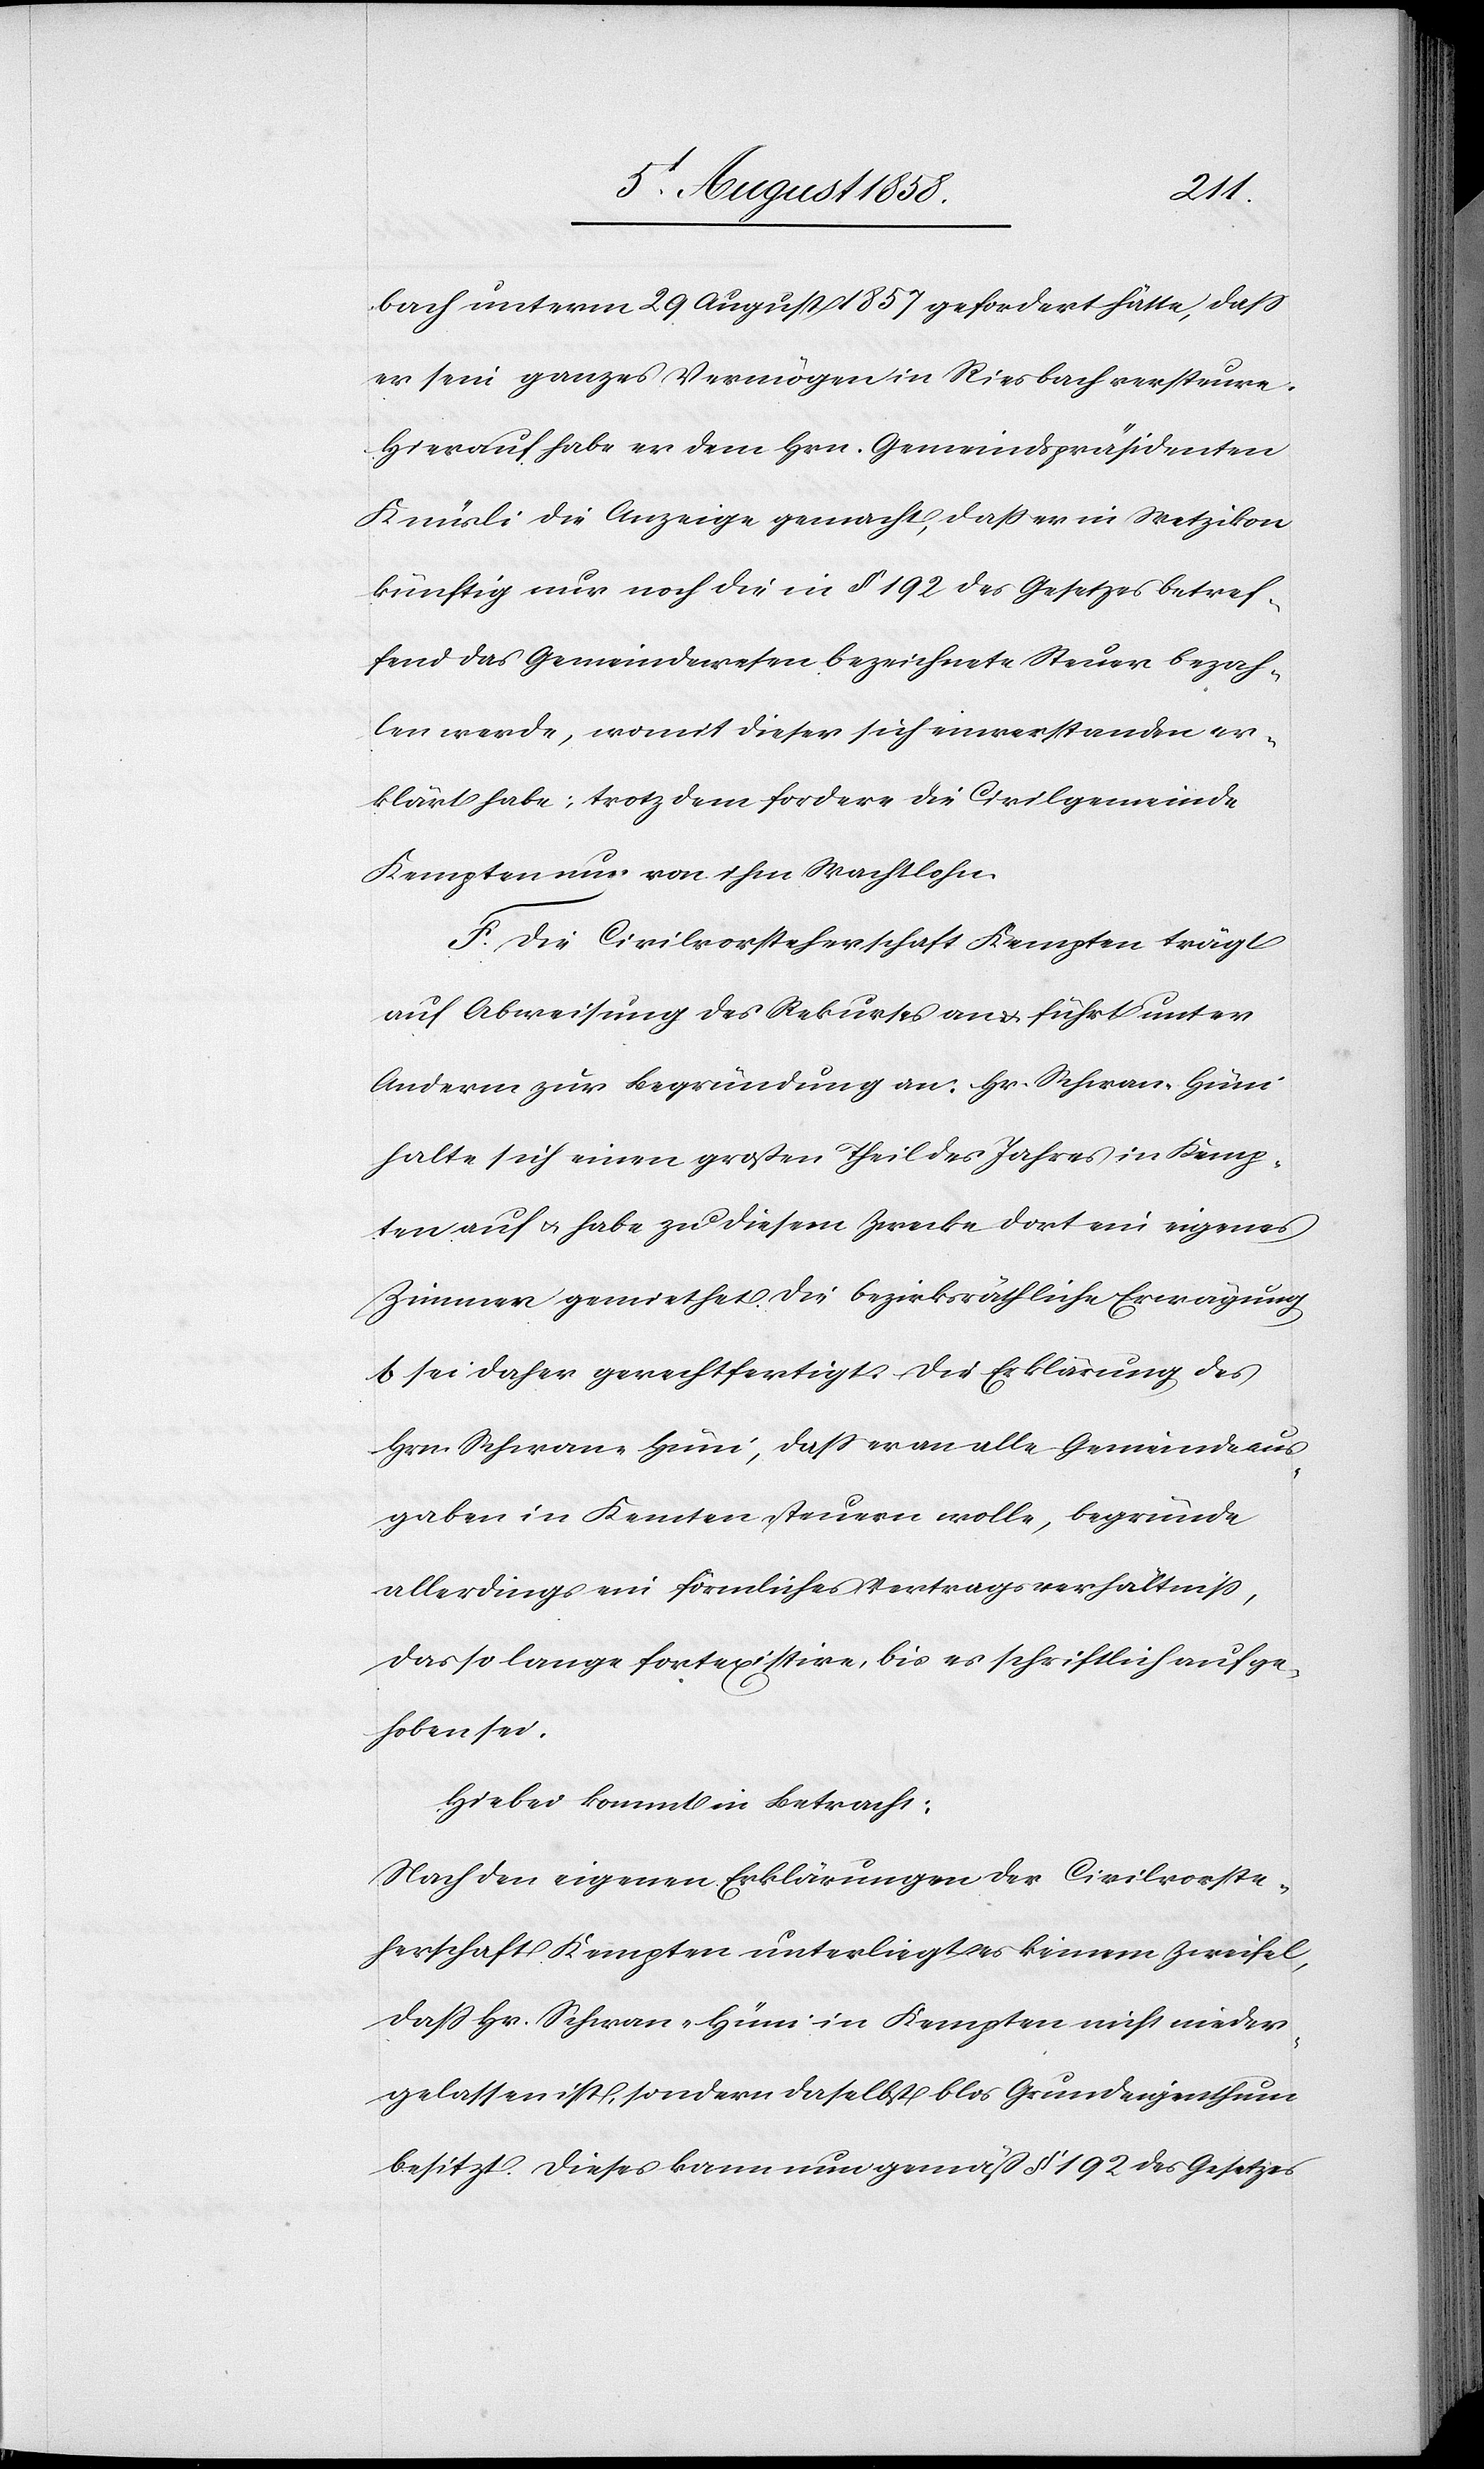
bach unterm 29 August 1857 gefordert hätte, dass
er sein ganzes Vermögen in Riesbach versteure.
Hierauf habe er dem Hrn. Gemeindspräsidenten
Knüsli die Anzeige gemacht, dass er in Wetzikon
künftig nur noch die in § 192 des Gesetzes betref¬
fend das Gemeindewesen bezeichnete Steuer bezah¬
len werde, womit dieser sich einverstanden er¬
klärt habe; trotzdem fordere die Civilgemeinde
Kempten nu[?n] von ihm Wachtlohn.
F. Die Civilvorsteherschaft Kempten trägt
auf Abweisung des Rekurses an & führt unter
Anderm zur Begründung an: Hr. Schwan-Hüni
halte sich einen großen Theil des Jahres in Kemp¬
ten auf & habe zu diesem Zwecke dort ein eigenes
Zimmer gemiethet. Die bezirksräthliche Erwägung
b sei daher gerechtfertigt. Die Erklärung des
Hrn. Schwan-Hüni, dass er an alle Gemeindeaus¬
gaben in Kemten steuern wolle, begründe
allerdings ein förmliches Vertragsverhältniss,
das so lange fortexistire, bis es schriftlich aufge¬
hoben sei.
Hiebei kommt in Betracht:
Nach den eigenen Erklärungen der Civilvorste¬
herschaft Kempten unterliegt es keinem Zweifel,
dass Hr. Schwan-Hüni in Kempten nicht nieder¬
gelassen ist, sondern daselbst blos Grundeigenthum
besitzt. Dieses kann nun gemäß § 192 des Gesetzes